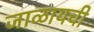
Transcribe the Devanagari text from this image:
जाळायची